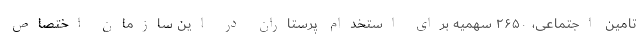
تامین اجتماعی، ۲۶۵۰ سهمیه برای استخدام پرستاران در این سازمان اختصاص